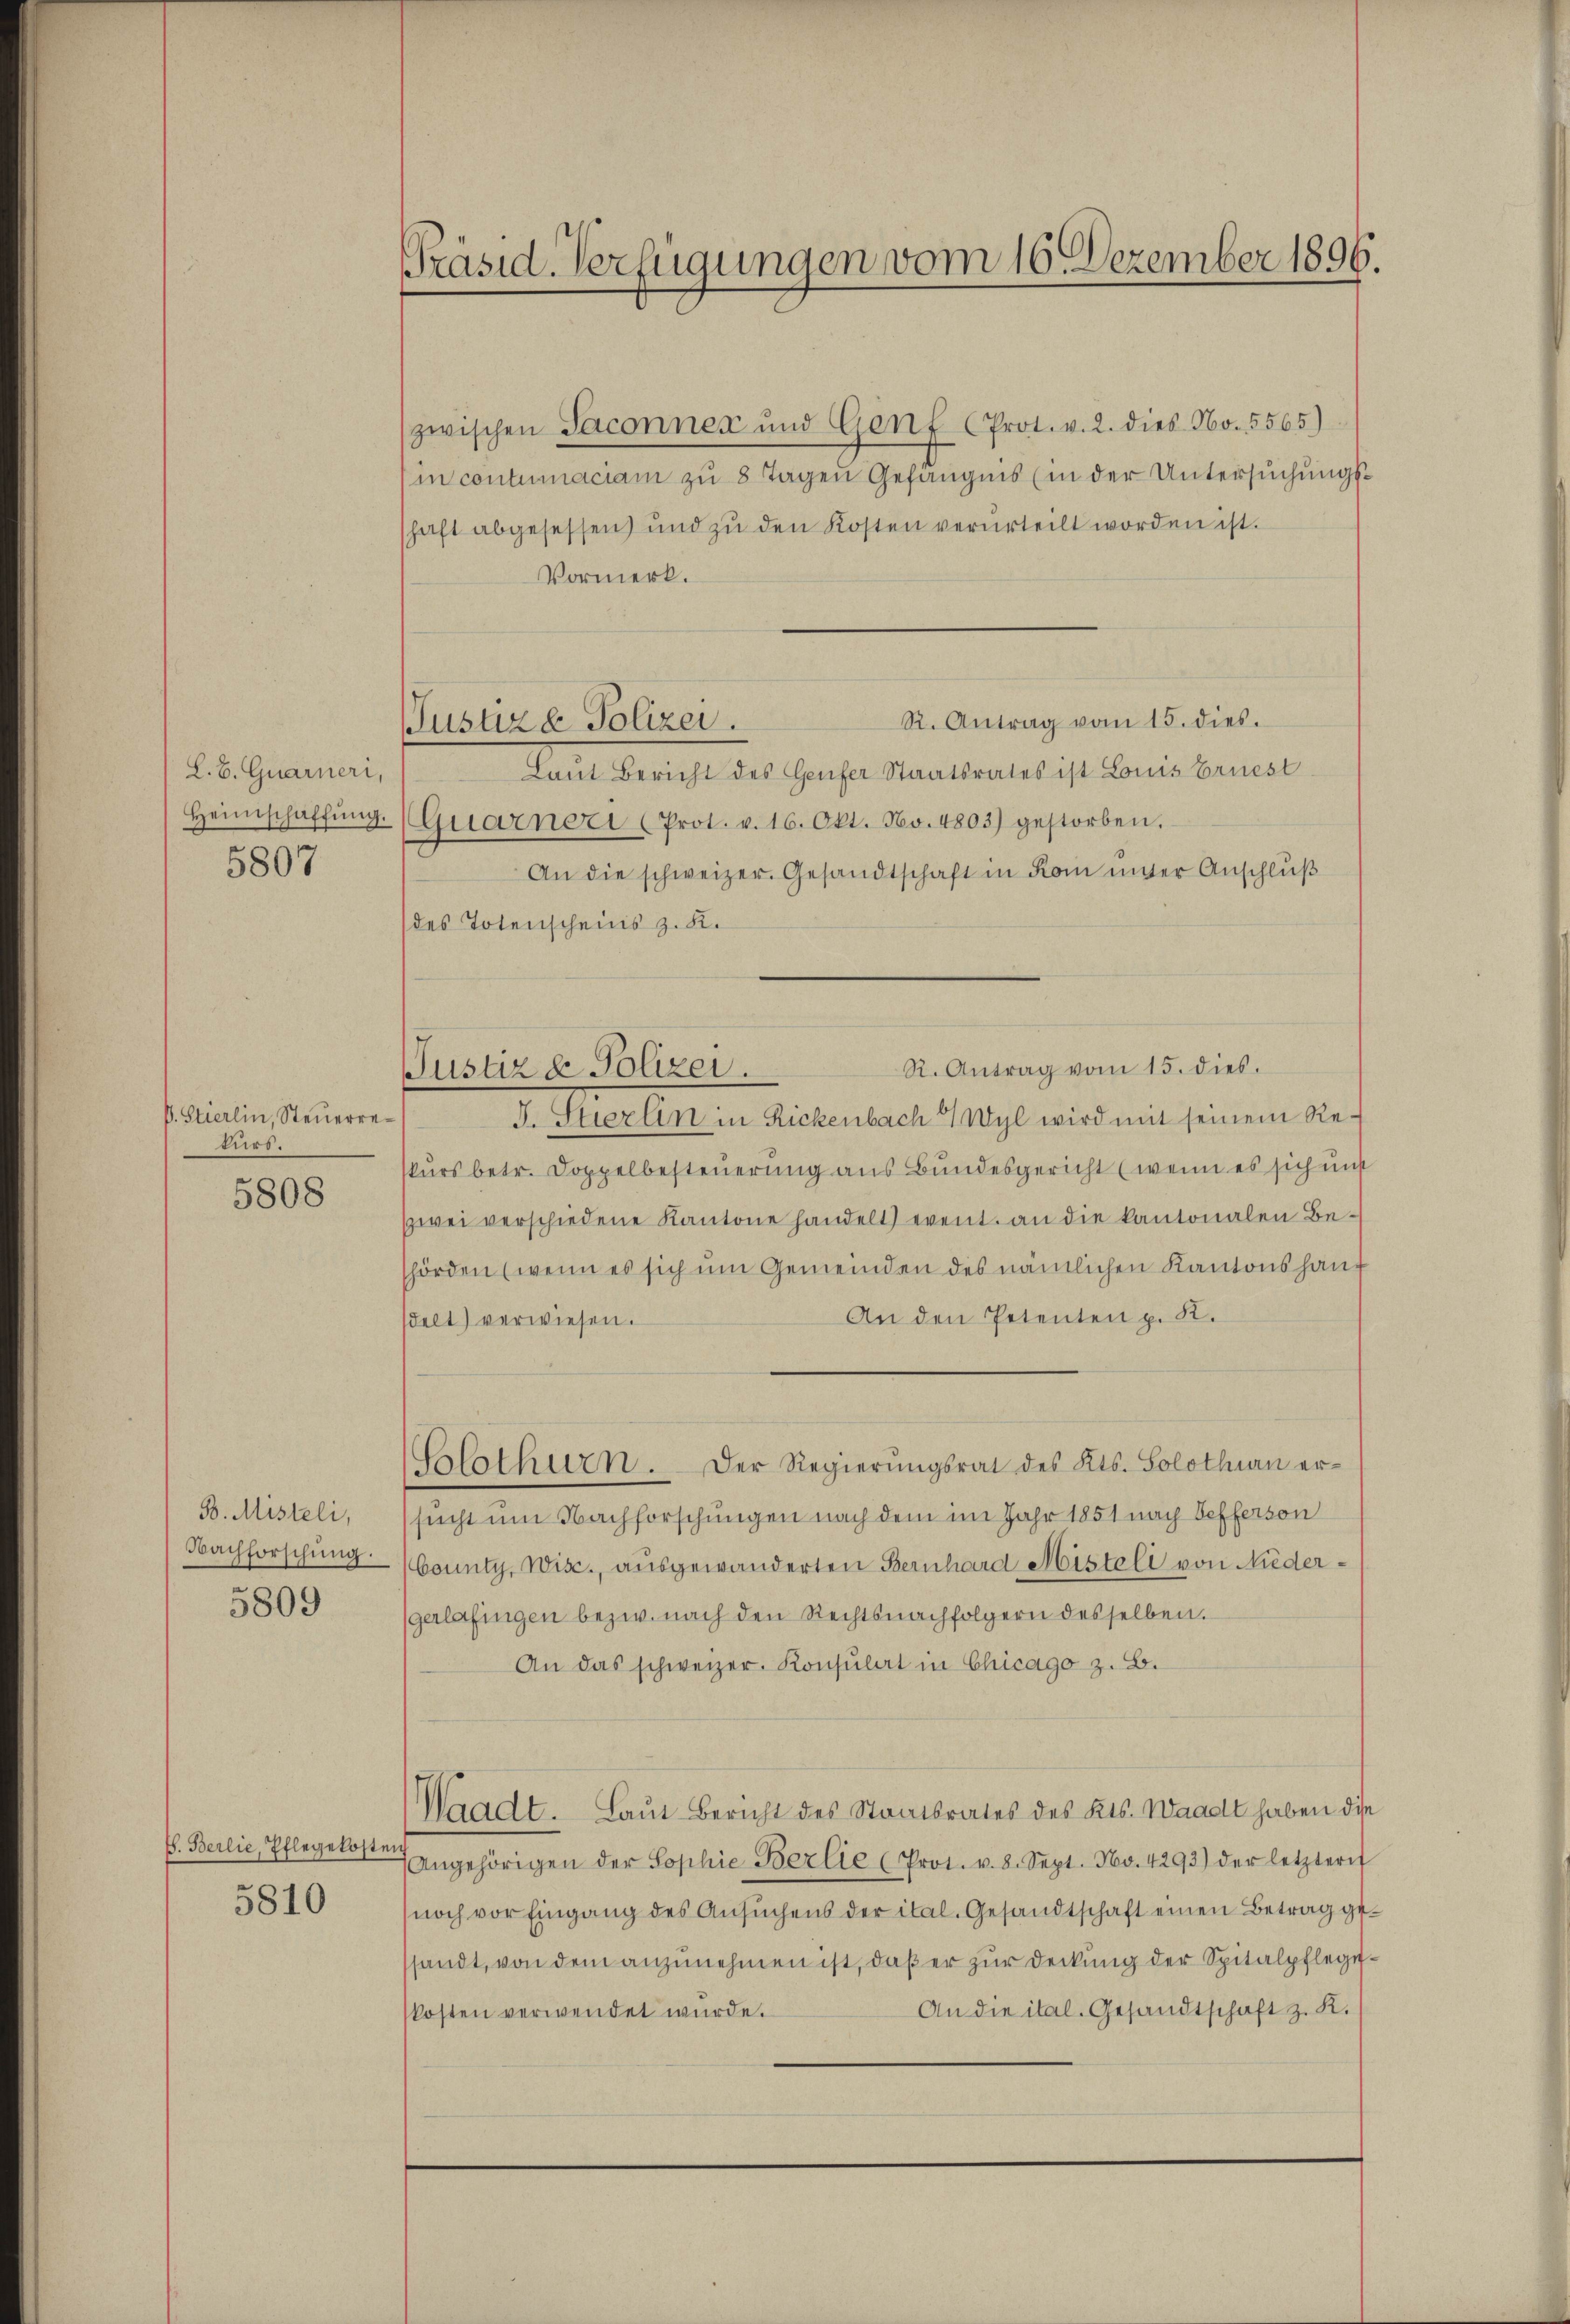
L. B. Quarneri,
Heimschaffŭng.

5807

V. Stierlin, Steuerrekurs.

5808

B. Misteli,
Nachforschung.

5809

H. Berlie, Pflegekosten
5810

Präsid. Verfügungen vom 16. Dezember 1896.

ustiz & Polizei.

Justiz & Polizei.

zwischen Saconnen und Genf (Prot. v. 2. dies No. 5565)
(in contumaciam zu 8 Tagen Gefängnis (in der Untersuchungsschaft abgesessen und zŭ den Kosten verurteilt worden ist.
Vormerk.
R. Antrag vom 15. dies.
Laŭt Bericht des Genfer Staatsrates ist Louis Ernest
Quarnerei (Prot. v. 16. Okt. No. 4803) gestorben.
An die schweizer. Gesandtschaft in Rom inner Anschlŭβ
(des Totenscheins z. K.
I. Hierlen in Rickenbach Wyl wird mit seinem Reskurs betr. Doppelbesteuerung aus Bundesgericht (wenn es sich unst
zwei verschiedene Kantone handelt event. an die kantonalen Be-
hörden (wenn es sich um Gemeinden des nämlichen Kantonshaup
An den Petenten p. K.
sdelt) verwiesen.
Blthurn. Der Regierŭngsrat des Kts. Solothurn ersucht um Nachforschungen nach dem im Jahr 1851 nach Sefferson
County, Wisc., ausgewanderten Bernhard Misteli von Niedergerlafingen bezw. nach den Rechtsnachfolgern desselben.
An das schweizer. Konsulat in Chicago z. B.
Waadt. Laut Bericht des Staatsrates des Kts. Waadt haben die
Angehörigen der Sophie Berlie (Prot. v. 8. Sept. No. 4293) der letztern
noch vor Eingang des Ansŭchens der ital. Gesandtschaft einen Betrag gessandt, von dem anzunehmen ist, daß er zur Deckung der Spitalpflege¬
An die ital. Gesandtschaft z. K.
kosten verwendet wurde.

R. Antrag vom 15. dies.